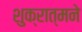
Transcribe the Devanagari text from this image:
शुक्रात्मने